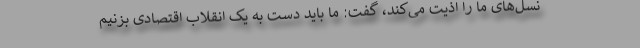
نسل‌های ما را اذیت می‌کند، گفت: ما باید دست به یک انقلاب اقتصادی بزنیم